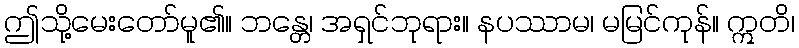
ဤသို့မေးတော်မူ၏။ ဘန္တေ၊ အရှင်ဘုရား။ နပဿာမ၊ မမြင်ကုန်။ ဣတိ၊